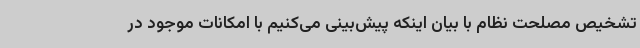
تشخیص مصلحت نظام با بیان اینکه پیش‌بینی می‌کنیم با امکانات موجود در